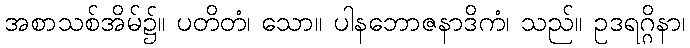
အစာသစ်အိမ်၌။ ပတိတံ၊ သော။ ပါနဘောဇနာဒိကံ၊ သည်။ ဥဒရဂ္ဂိနာ၊